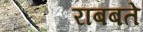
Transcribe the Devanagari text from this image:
राबबते